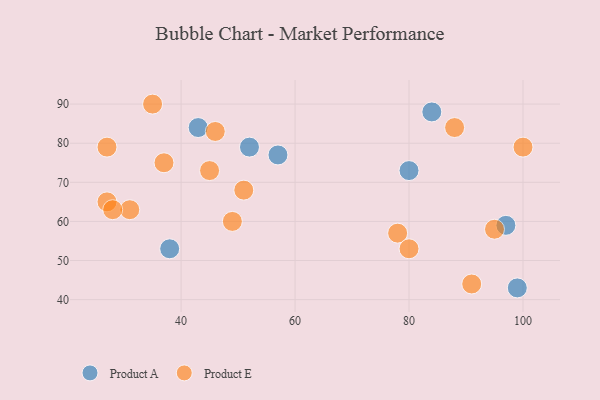
{"axis": {"x": "GDP", "y": "Life Expectancy"}, "legend": ["Product A", "Product E"], "data": [{"x": "84", "y": 88, "type": "Product A"}, {"x": "38", "y": 53, "type": "Product A"}, {"x": "57", "y": 77, "type": "Product A"}, {"x": "43", "y": 84, "type": "Product A"}, {"x": "80", "y": 73, "type": "Product A"}, {"x": "52", "y": 79, "type": "Product A"}, {"x": "97", "y": 59, "type": "Product A"}, {"x": "99", "y": 43, "type": "Product A"}, {"x": "35", "y": 90, "type": "Product E"}, {"x": "51", "y": 68, "type": "Product E"}, {"x": "49", "y": 60, "type": "Product E"}, {"x": "91", "y": 44, "type": "Product E"}, {"x": "78", "y": 57, "type": "Product E"}, {"x": "95", "y": 58, "type": "Product E"}, {"x": "37", "y": 75, "type": "Product E"}, {"x": "27", "y": 65, "type": "Product E"}, {"x": "31", "y": 63, "type": "Product E"}, {"x": "27", "y": 79, "type": "Product E"}, {"x": "88", "y": 84, "type": "Product E"}, {"x": "80", "y": 53, "type": "Product E"}, {"x": "45", "y": 73, "type": "Product E"}, {"x": "100", "y": 79, "type": "Product E"}, {"x": "28", "y": 63, "type": "Product E"}, {"x": "46", "y": 83, "type": "Product E"}]}